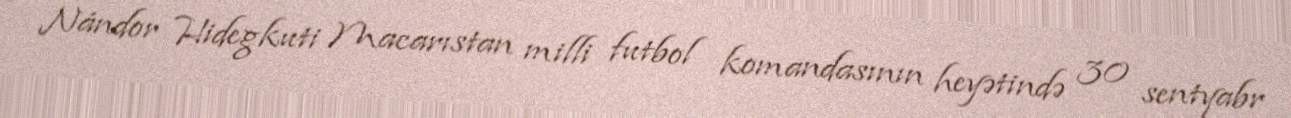
Nándor Hidegkuti Macarıstan milli futbol komandasının heyətində 30 sentyabr